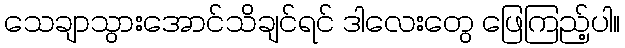
သေချာသွားအောင်သိချင်ရင် ဒါလေးတွေ ဖြေကြည့်ပါ။